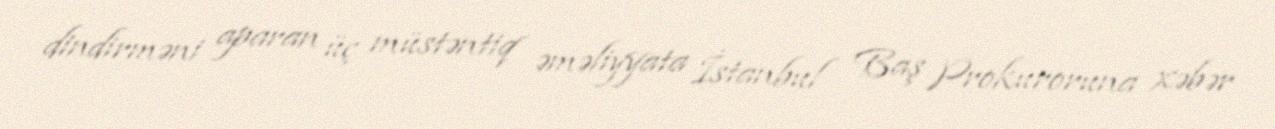
dindirməni aparan üç müstəntiq əməliyyata İstanbul Baş Prokuroruna xəbər